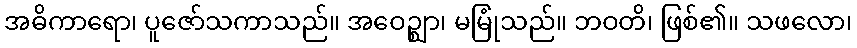
အဓိကာရော၊ ပူဇော်သကာသည်။ အဝေဉ္ဈာ၊ မမြုံသည်။ ဘဝတိ၊ ဖြစ်၏။ သဖလော၊